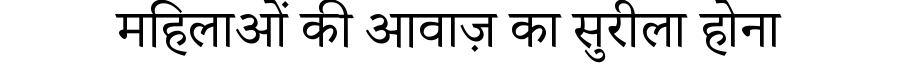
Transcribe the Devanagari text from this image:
महिलाओं की आवाज़ का सुरीला होना